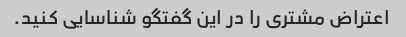
اعتراض مشتری را در این گفتگو شناسایی کنید.